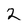
Character: 2